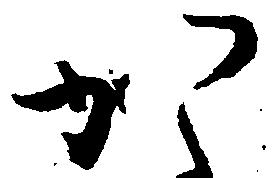
か